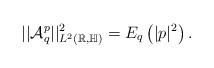
LaTeX: \begin{align*}||\mathcal{A}_q^p||^2_{L^2(\mathbb R,\mathbb{H})}=E_q\left(|p|^2\right).\end{align*}